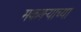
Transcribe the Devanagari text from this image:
मकबऱ्याच्या